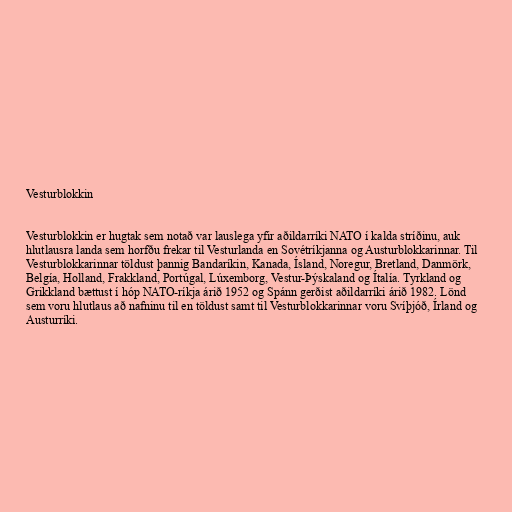
Vesturblokkin

Vesturblokkin er hugtak sem notað var lauslega yfir aðildarríki NATO í kalda stríðinu, auk
hlutlausra landa sem horfðu frekar til Vesturlanda en Sovétríkjanna og Austurblokkarinnar. Til
Vesturblokkarinnar töldust þannig Bandaríkin, Kanada, Ísland, Noregur, Bretland, Danmörk,
Belgía, Holland, Frakkland, Portúgal, Lúxemborg, Vestur-Þýskaland og Ítalía. Tyrkland og
Grikkland bættust í hóp NATO-ríkja árið 1952 og Spánn gerðist aðildarríki árið 1982. Lönd
sem voru hlutlaus að nafninu til en töldust samt til Vesturblokkarinnar voru Svíþjóð, Írland og
Austurríki.